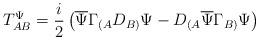
LaTeX: \begin{align*}T^{\Psi}_{AB}=\frac{i}{2}\left(\overline \Psi\Gamma_{(A} D_{B)}\Psi-D_{(A}\overline\Psi\Gamma_{B)}\Psi\right)\end{align*}